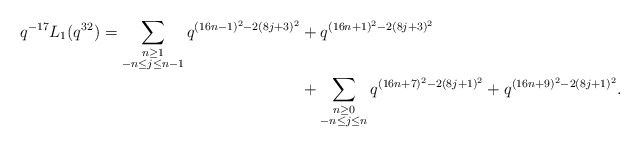
\begin{align*} \begin{aligned}q^{-17} L_{1}(q^{32}) = \sum_{\substack{n \geq 1 \\ -n \leq j \leq n-1}} q^{(16n-1)^2 - 2(8j+3)^2} & + q^{(16n+1)^2 - 2(8j+3)^2} \\& + \sum_{\substack{n \geq 0 \\ -n \leq j \leq n}} q^{(16n+7)^2 - 2(8j+1)^2} + q^{(16n+9)^2 - 2(8j+1)^2}.\end{aligned}\end{align*}